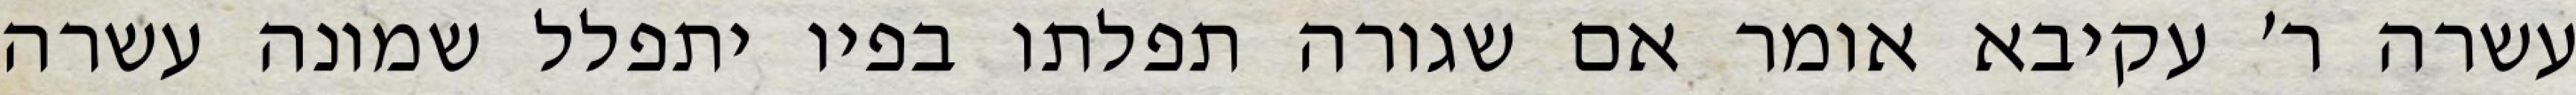
עשרה ר׳ עקיבא אומר אם שגורה תפלתו בפיו יתפלל שמונה עשרה